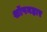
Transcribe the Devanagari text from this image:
शॉपनहार